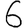
Digit: 6